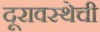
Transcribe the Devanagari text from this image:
दूरावस्थेची